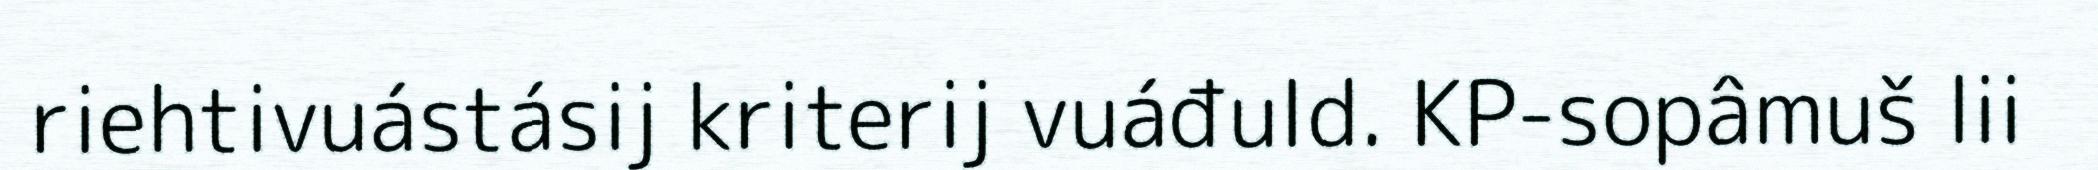
riehtivuástásij kriterij vuáđuld. KP-sopâmuš lii